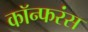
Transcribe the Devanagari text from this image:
कॉन्फरंस